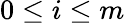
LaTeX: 0\le i\le m